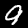
Digit: 9